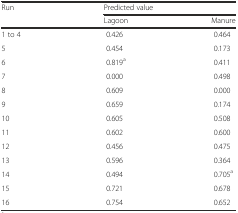
<table><thead><tr><td><b>Run</b></td><td colspan="2"><b>Predicted value</b></td></tr><tr><td></td><td><b>Lagoon</b></td><td><b>Manure</b></td></tr></thead><tbody><tr><td>1 to 4</td><td>0.426</td><td>0.464</td></tr><tr><td>5</td><td>0.454</td><td>0.173</td></tr><tr><td>6</td><td>0.819<sup>a</sup></td><td>0.411</td></tr><tr><td>7</td><td>0.000</td><td>0.498</td></tr><tr><td>8</td><td>0.609</td><td>0.000</td></tr><tr><td>9</td><td>0.659</td><td>0.174</td></tr><tr><td>10</td><td>0.605</td><td>0.508</td></tr><tr><td>11</td><td>0.602</td><td>0.600</td></tr><tr><td>12</td><td>0.456</td><td>0.475</td></tr><tr><td>13</td><td>0.596</td><td>0.364</td></tr><tr><td>14</td><td>0.494</td><td>0.705<sup>a</sup></td></tr><tr><td>15</td><td>0.721</td><td>0.678</td></tr><tr><td>16</td><td>0.754</td><td>0.652</td></tr></tbody></table>